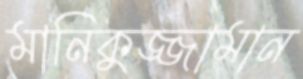
মানিকুজ্জামান